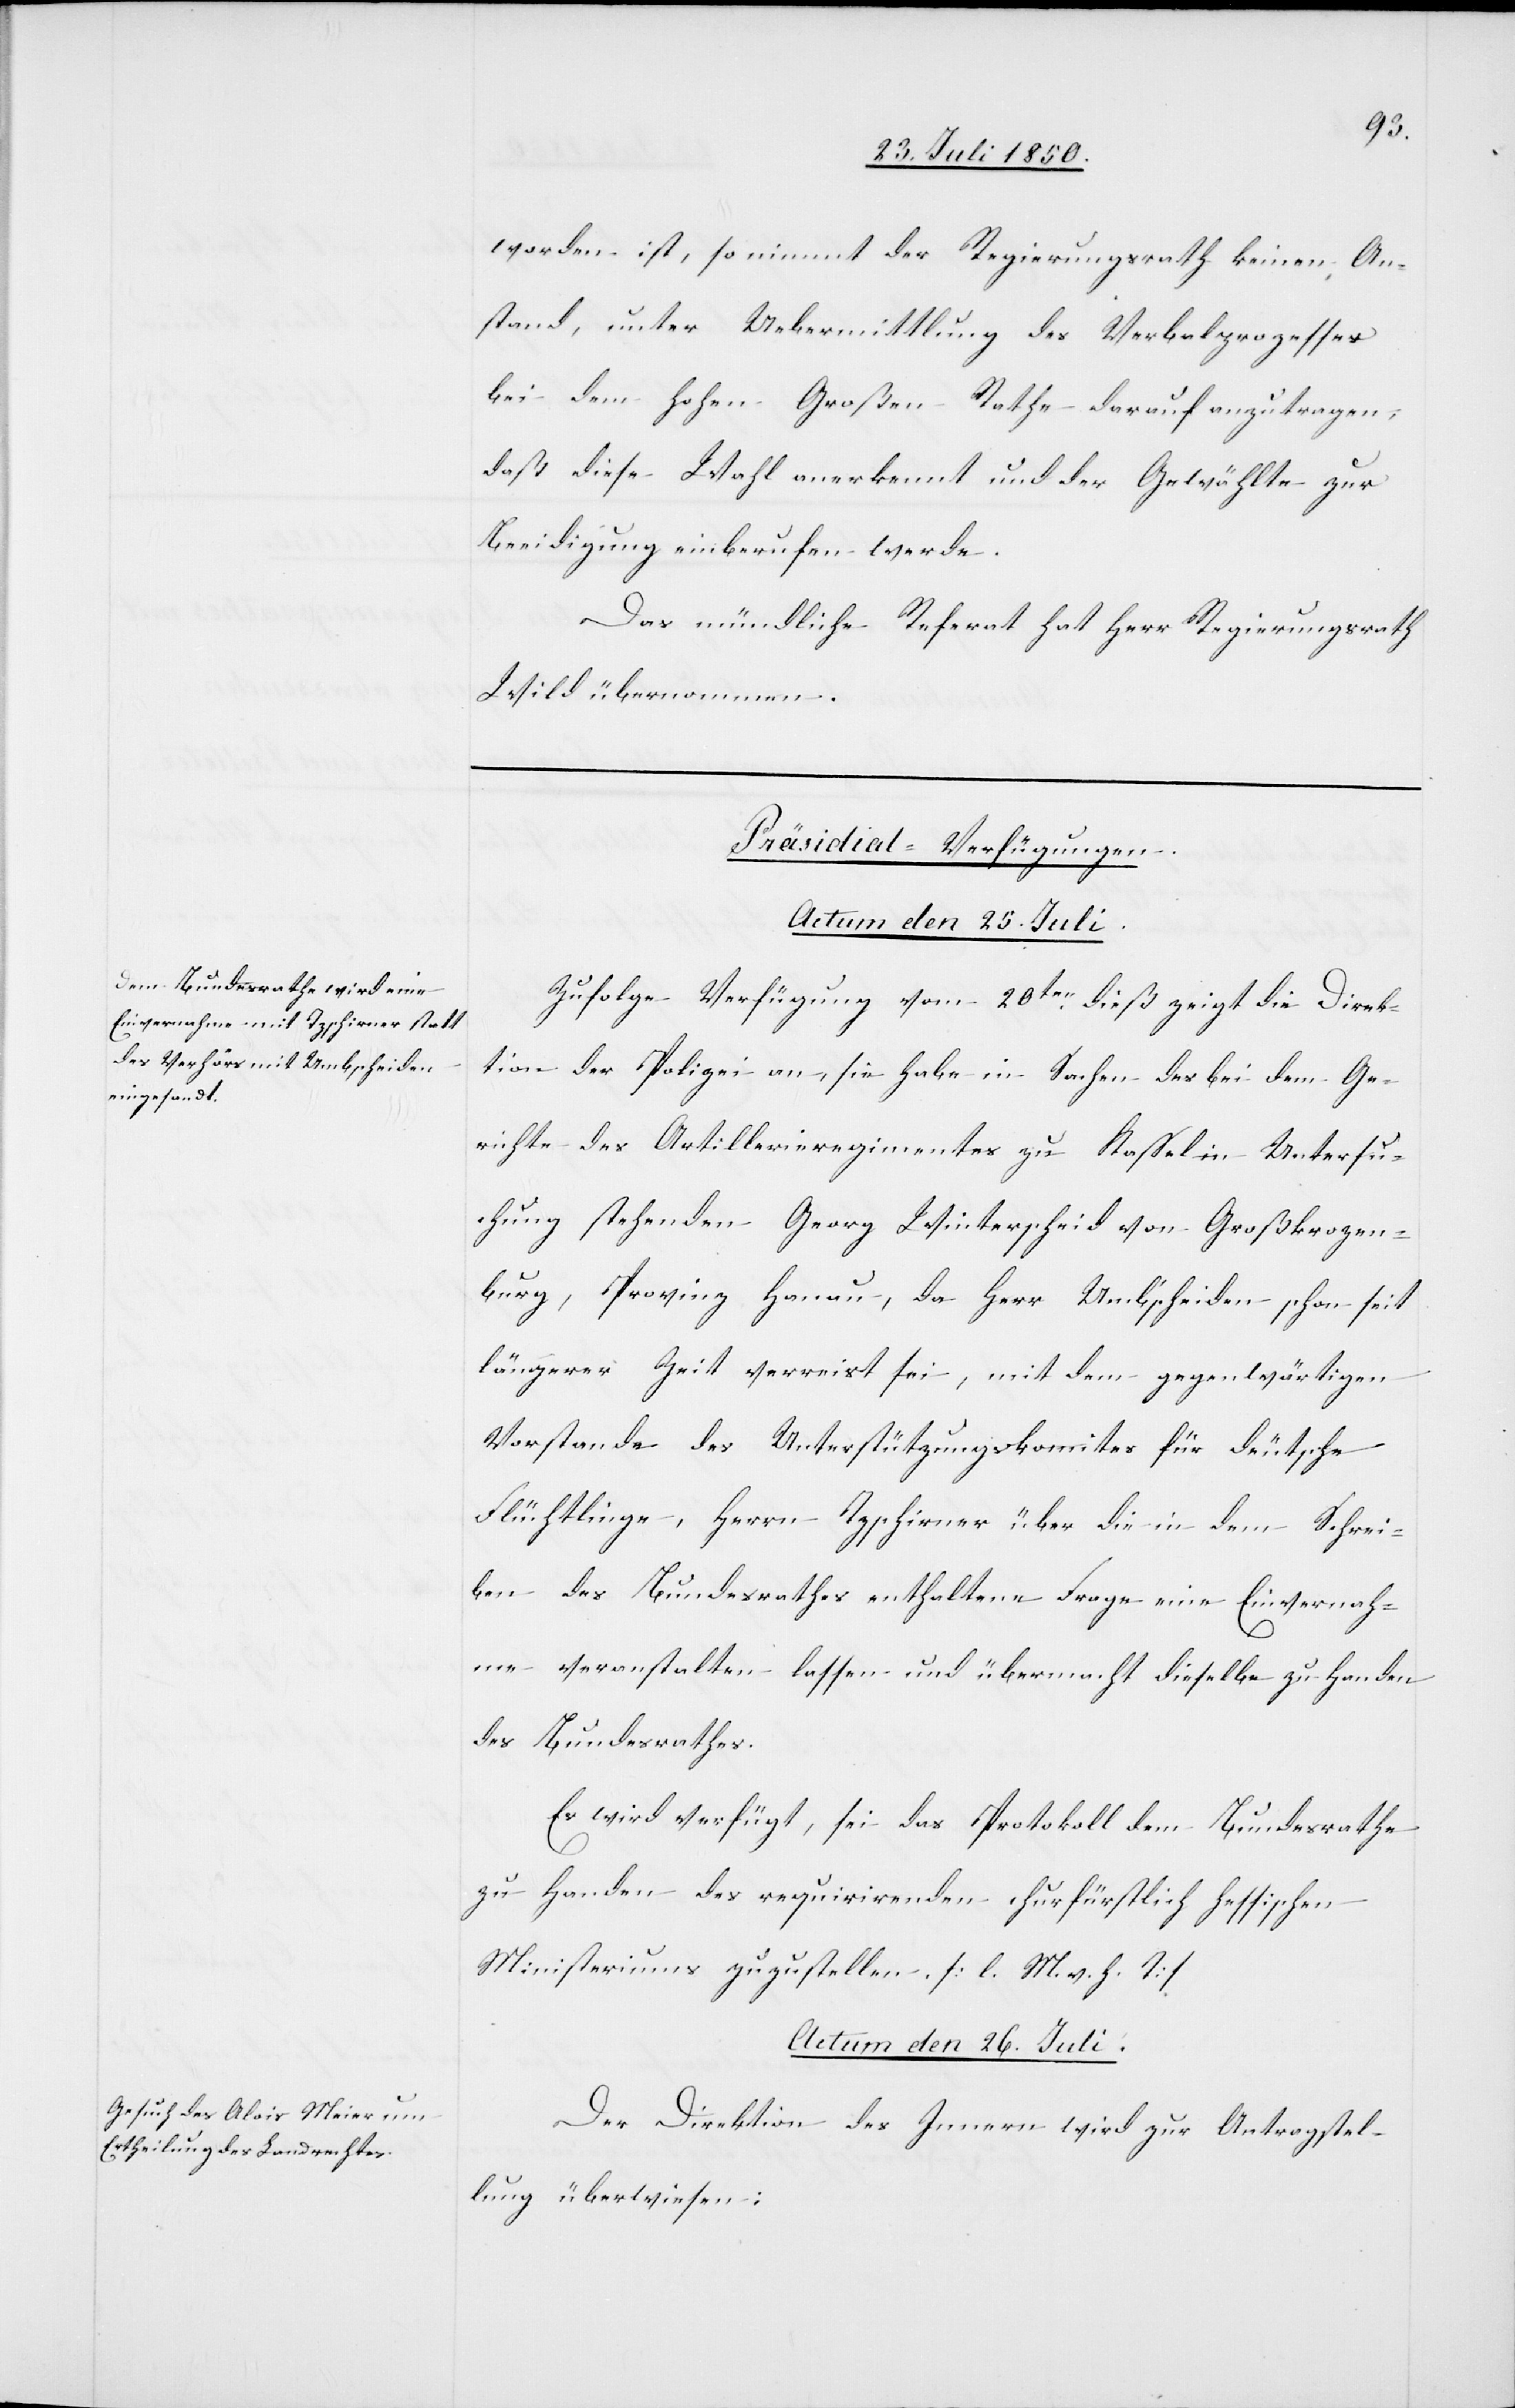
worden ist, so nimmt der Regierungsrath keinen An¬
stand, unter Uebermittlung des Verbalprozesses
bei dem hohen Großen Rathe darauf anzutragen,
daß diese Wahl anerkennt und der Gewählte zur
Beeidigung einberufen werde.
Das mündliche Referat hat Herr Regierungsrath
Wild übernommen.
[Präsidial-Verfügungen.]
Actum den 25. Juli.
Zufolge Verfügung vom 20ten dieß zeigt die Direk¬
tion der Polizei an, sie habe in Sachen des bei dem Ge¬
richte des Artillerieregimentes zu Kassel in Untersu¬
chung stehenden Georg Winterscheid von Großkrozen¬
burg, Provinz Hanau, da Herr Umbscheiden schon seit
längerer Zeit verreist sei, mit dem gegenwärtigen
Vorstande des Unterstützungskomites für deutsche
Flüchtlinge, Herrn Tzschirner über die in dem Schrei¬
ben des Bundesrathes enthaltene Frage eine Einvernah¬
me veranstalten lassen und übermacht dieselbe zu Handen
des Bundesrathes.
Es wird verfügt, sei das Protokoll dem Bundesrathe
zu Handen des requirirenden churfürstlich hessischen
Ministeriums zuzustellen. [l. M. v. h. T]
Actum den 26. Juli.
Der Direktion des Innern wird zur Antragstel¬
lung überwiesen: